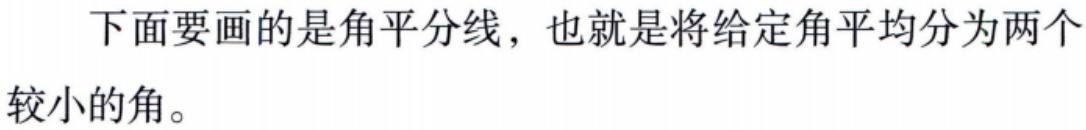
下面要画的是角平分线，也就是将给定角平均分为两个较小的角。